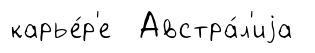
карье́р'е Австра́л'иjа